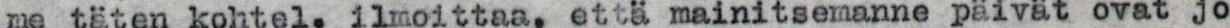
me täten kohtel. ilmoittaa, että mainitsemanne päivät ovat jo